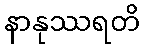
နာနုဿရတိ